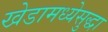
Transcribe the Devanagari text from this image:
खेडामध्येसुद्धा